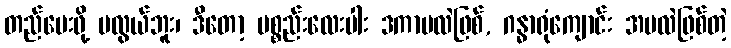
တည်ပေးဖို့ မလွယ်ဘူး၊ ဒီတော့ ပစ္စည်းလေးပါး ဒကာမလဲဖြစ်, ဂန္ဓာရုံကျောင်း အမလဲဖြစ်တဲ့